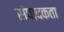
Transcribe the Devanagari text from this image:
संपादकता